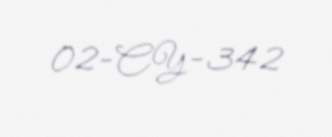
02-CY-342